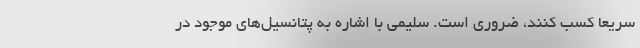
سریعا کسب کنند، ضروری است. سلیمی با اشاره به پتانسیل‌های موجود در